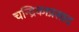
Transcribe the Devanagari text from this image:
चन्द्रिकाप्रसाद